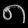
Digit: ၈